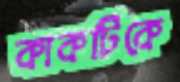
কাকটিকে